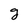
Character: g